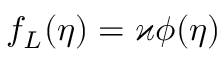
f _ { L } ( \eta ) = \varkappa \phi ( \eta )